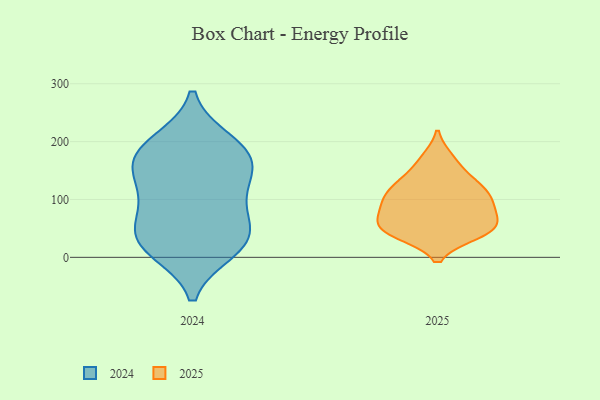
{"axis": {"x": "Bounce Rate (%)", "y": "Value"}, "legend": ["2024", "2025"], "data": [{"x": "", "y": 27, "type": "2024"}, {"x": "", "y": 171, "type": "2024"}, {"x": "", "y": 50, "type": "2024"}, {"x": "", "y": 161, "type": "2024"}, {"x": "", "y": 165, "type": "2024"}, {"x": "", "y": 40, "type": "2024"}, {"x": "", "y": 199, "type": "2024"}, {"x": "", "y": 13, "type": "2024"}, {"x": "", "y": 88, "type": "2024"}, {"x": "", "y": 129, "type": "2024"}, {"x": "", "y": 191, "type": "2024"}, {"x": "", "y": 21, "type": "2024"}, {"x": "", "y": 106, "type": "2024"}, {"x": "", "y": 66, "type": "2025"}, {"x": "", "y": 122, "type": "2025"}, {"x": "", "y": 167, "type": "2025"}, {"x": "", "y": 80, "type": "2025"}, {"x": "", "y": 171, "type": "2025"}, {"x": "", "y": 100, "type": "2025"}, {"x": "", "y": 48, "type": "2025"}, {"x": "", "y": 127, "type": "2025"}, {"x": "", "y": 40, "type": "2025"}, {"x": "", "y": 58, "type": "2025"}, {"x": "", "y": 97, "type": "2025"}, {"x": "", "y": 82, "type": "2025"}, {"x": "", "y": 96, "type": "2025"}, {"x": "", "y": 54, "type": "2025"}, {"x": "", "y": 45, "type": "2025"}, {"x": "", "y": 134, "type": "2025"}, {"x": "", "y": 45, "type": "2025"}, {"x": "", "y": 101, "type": "2025"}, {"x": "", "y": 41, "type": "2025"}, {"x": "", "y": 127, "type": "2025"}]}